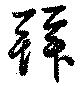
拜